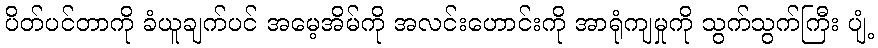
ပိတ်ပင်တာကို ခံယူချက်ပင် အမေ့အိမ်ကို အလင်းဟောင်းကို အာရုံကျမှုကို သွက်သွက်ကြီး ပျံ့